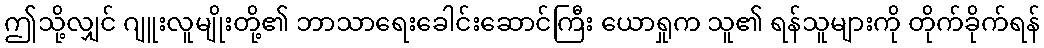
ဤသို့လျှင် ဂျူးလူမျိုးတို့၏ ဘာသာရေးခေါင်းဆောင်ကြီး ယောရှုက သူ၏ ရန်သူများကို တိုက်ခိုက်ရန်